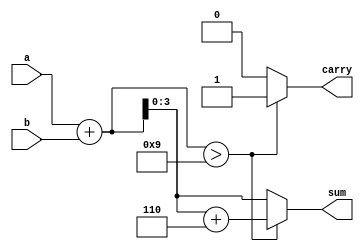
`timescale 1ns / 1ps

module bcd_adder(a,b,sum,carry
    );
    input [3:0] a,b;
    output reg [3:0] sum;
    output  reg carry;
    reg [4:0] sum_temp;
    
    always @(a,b)
    begin
    sum_temp = a+b;
    if(sum_temp>9) begin
    sum_temp = sum_temp+6;
    sum = sum_temp[3:0];
    carry = 1;
    end
    else begin 
    carry = 0;
    sum = sum_temp[3:0];
    end
    end
endmodule